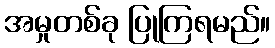
အမှုတစ်ခု ပြုကြရမည်။